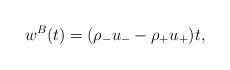
LaTeX: \begin{align*}w^B(t)=(\rho_-u_--\rho_+ u_+)t,\end{align*}